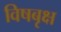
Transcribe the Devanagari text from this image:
विषबृक्ष